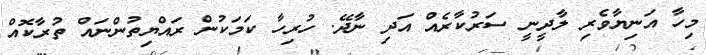
މިހާ އަނިޔާވެރި ލާދީނީ ސަރުކާރެއް އަދި ނާދޭ. ހުރިހާ ކަމަކުން ރައްޔިތުންނައް ތުރާކޮއް